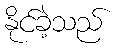
နိုင်ခဲ့သည်